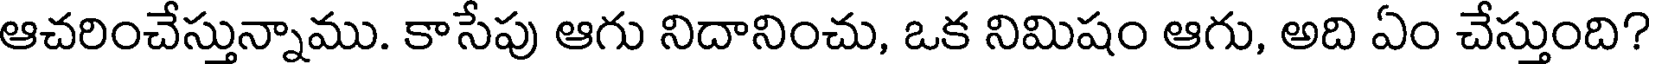
ఆచరించేస్తున్నాము. కాసేపు ఆగు నిదానించు, ఒక నిమిషం ఆగు, అది ఏం చేస్తుంది?